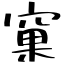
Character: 窠